Vaccination in Burma 1889-1999 - 1889-1999
Year: 1889
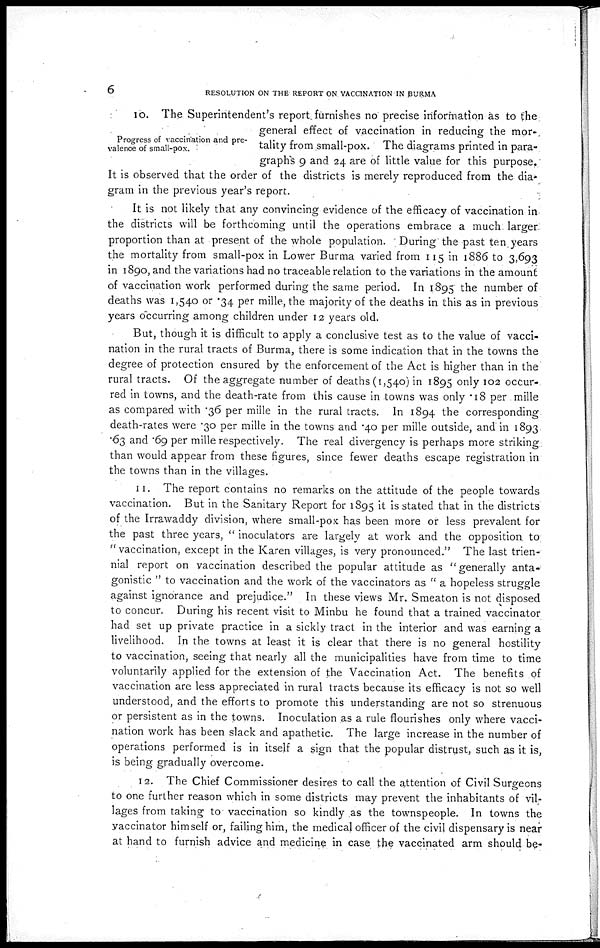
6
RESOLUTION ON THE REPORT ON VACCINATION IN BURMA
Progress of vaccination and pre-
valence of small-pox.
10. The Superintendent's report furnishes no precise information as to the
general effect of vaccination in reducing the mor-
tality from small-pox. The diagrams printed in para-
graphs 9 and 24 are of little value for this purpose.
It is observed that the order of the districts is merely reproduced from the dia-
gram in the previous year's report.
It is not likely that any convincing evidence of the efficacy of vaccination in
the districts will be forthcoming until the operations embrace a much larger
proportion than at present of the whole population. During the past ten years
the mortality from small-pox in Lower Burma varied from 115 in 1886 to 3,693
in 1890, and the variations had no traceable relation to the variations in the amount
of vaccination work performed during the same period. In 1895 the number of
deaths was 1,540 or .34 per mille, the majority of the deaths in this as in previous
years occurring among children under 12 years old.
But, though it is difficult to apply a conclusive test as to the value of vacci-
nation in the rural tracts of Burma, there is some indication that in the towns the
degree of protection ensured by the enforcement of the Act is higher than in the
rural tracts. Of the aggregate number of deaths (1,540) in 1895 only 102 occur-
red in towns, and the death-rate from this cause in towns was only .18 per mille
as compared with .36 per mille in the rural tracts. In 1894 the corresponding
death-rates were .30 per mille in the towns and .40 per mille outside, and in 1893
.63 and .69 per mille respectively. The real divergency is perhaps more striking
than would appear from these figures, since fewer deaths escape registration in
the towns than in the villages.
11. The report contains no remarks on the attitude of the people towards
vaccination. But in the Sanitary Report for 1895 it is stated that in the districts
of the Irrawaddy division, where small-pox has been more or less prevalent for
the past three years, " inoculators are largely at work and the opposition to
" vaccination, except in the Karen villages, is very pronounced." The last trien-
nial report on vaccination described the popular attitude as '' generally anta-
gonistic " to vaccination and the work of the vaccinators as " a hopeless struggle
against ignorance and prejudice." In these views Mr. Smeaton is not disposed
to concur. During his recent visit to Minbu he found that a trained vaccinator
had set up private practice in a sickly tract in the interior and was earning a
livelihood. In the towns at least it is clear that there is no general hostility
to vaccination, seeing that nearly all the municipalities have from time to time
voluntarily applied for the extension of the Vaccination Act. The benefits of
vaccination are less appreciated in rural tracts because its efficacy is not so well
understood, and the efforts to promote this understanding are not so strenuous
or persistent as in the towns. Inoculation as a rule flourishes only where vacci-
nation work has been slack and apathetic. The large increase in the number of
operations performed is in itself a sign that the popular distrust, such as it is,
is being gradually overcome.
12. The Chief Commissioner desires to call the attention of Civil Surgeons
to one further reason which in some districts may prevent the inhabitants of vil-
lages from taking to vaccination so kindly as the townspeople. In towns the
vaccinator himself or, failing him, the medical officer of the civil dispensary is near
at hand to furnish advice and medicine in case the vaccinated arm should be-